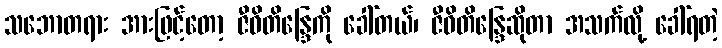
သဘောတရား အားဖြင့်တော့ ဇီဝိတိန္ဒြေကို ခေါ်တယ်၊ ဇီဝိတိန္ဒြေဆိုတာ အသက်လို့ ခေါ်ရတဲ့